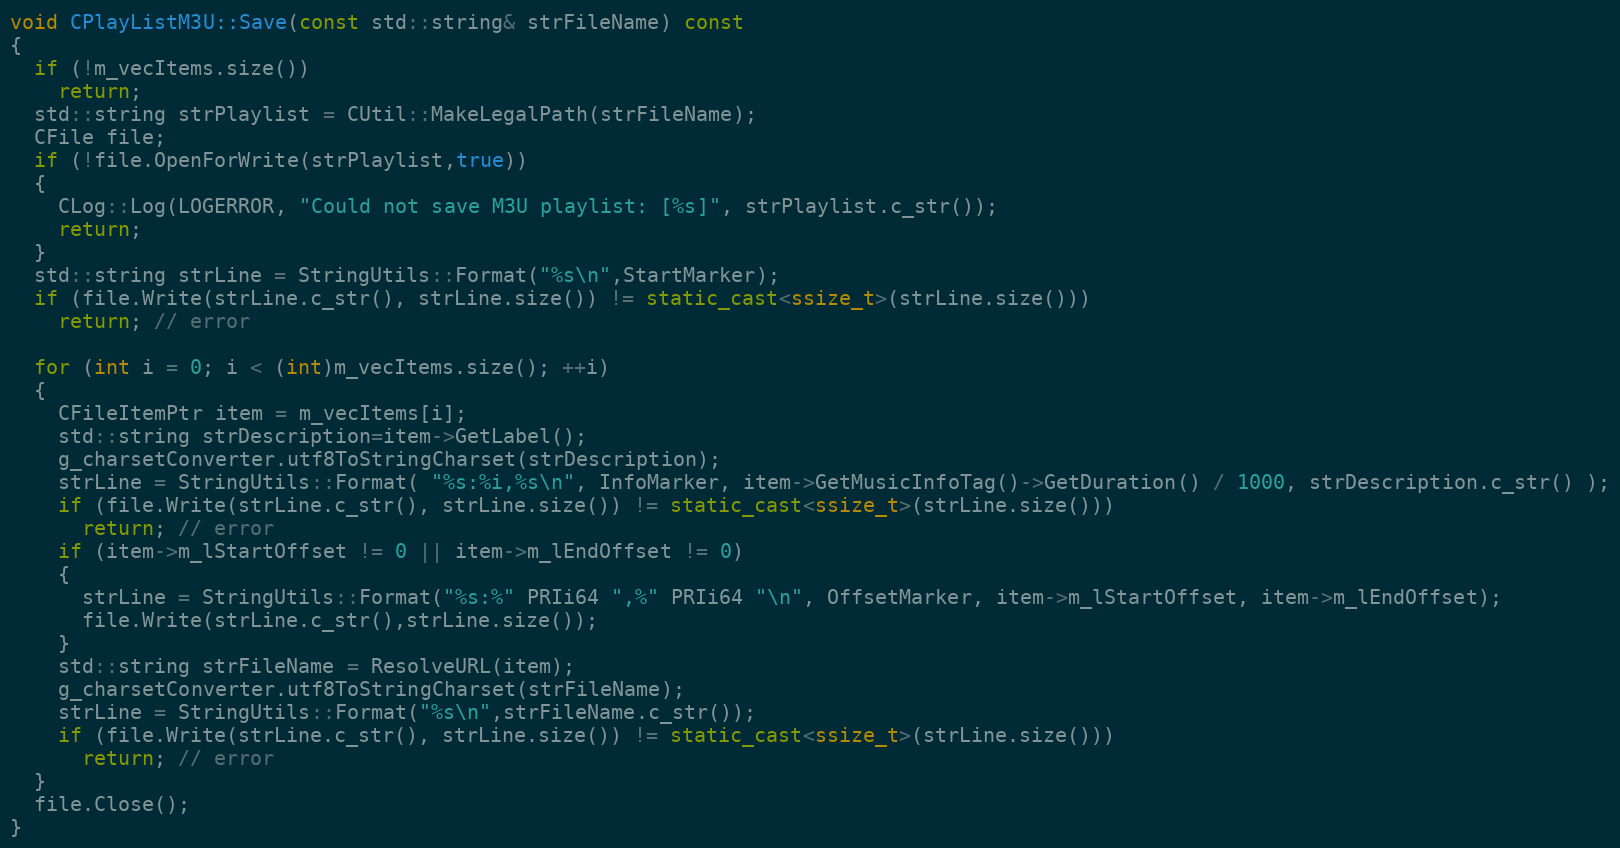
Language: C++
void CPlayListM3U::Save(const std::string& strFileName) const
{
  if (!m_vecItems.size())
    return;
  std::string strPlaylist = CUtil::MakeLegalPath(strFileName);
  CFile file;
  if (!file.OpenForWrite(strPlaylist,true))
  {
    CLog::Log(LOGERROR, "Could not save M3U playlist: [%s]", strPlaylist.c_str());
    return;
  }
  std::string strLine = StringUtils::Format("%s\n",StartMarker);
  if (file.Write(strLine.c_str(), strLine.size()) != static_cast<ssize_t>(strLine.size()))
    return; // error

  for (int i = 0; i < (int)m_vecItems.size(); ++i)
  {
    CFileItemPtr item = m_vecItems[i];
    std::string strDescription=item->GetLabel();
    g_charsetConverter.utf8ToStringCharset(strDescription);
    strLine = StringUtils::Format( "%s:%i,%s\n", InfoMarker, item->GetMusicInfoTag()->GetDuration() / 1000, strDescription.c_str() );
    if (file.Write(strLine.c_str(), strLine.size()) != static_cast<ssize_t>(strLine.size()))
      return; // error
    if (item->m_lStartOffset != 0 || item->m_lEndOffset != 0)
    {
      strLine = StringUtils::Format("%s:%" PRIi64 ",%" PRIi64 "\n", OffsetMarker, item->m_lStartOffset, item->m_lEndOffset);
      file.Write(strLine.c_str(),strLine.size());
    }
    std::string strFileName = ResolveURL(item);
    g_charsetConverter.utf8ToStringCharset(strFileName);
    strLine = StringUtils::Format("%s\n",strFileName.c_str());
    if (file.Write(strLine.c_str(), strLine.size()) != static_cast<ssize_t>(strLine.size()))
      return; // error
  }
  file.Close();
}